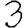
Digit: 3